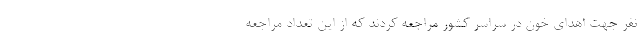
نفر جهت اهدای خون در سراسر کشور مراجعه کردند که از این تعداد مراجعه